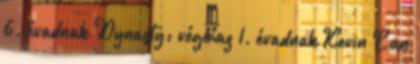
6. évadnak Dynasty: vége az 1. évadnak Kevin Can